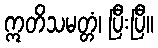
ဣတိသမတ္တံ၊ ပြီးပြီ။